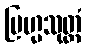
ဗြဟ္မသုတ္တံ